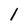
Character: 1